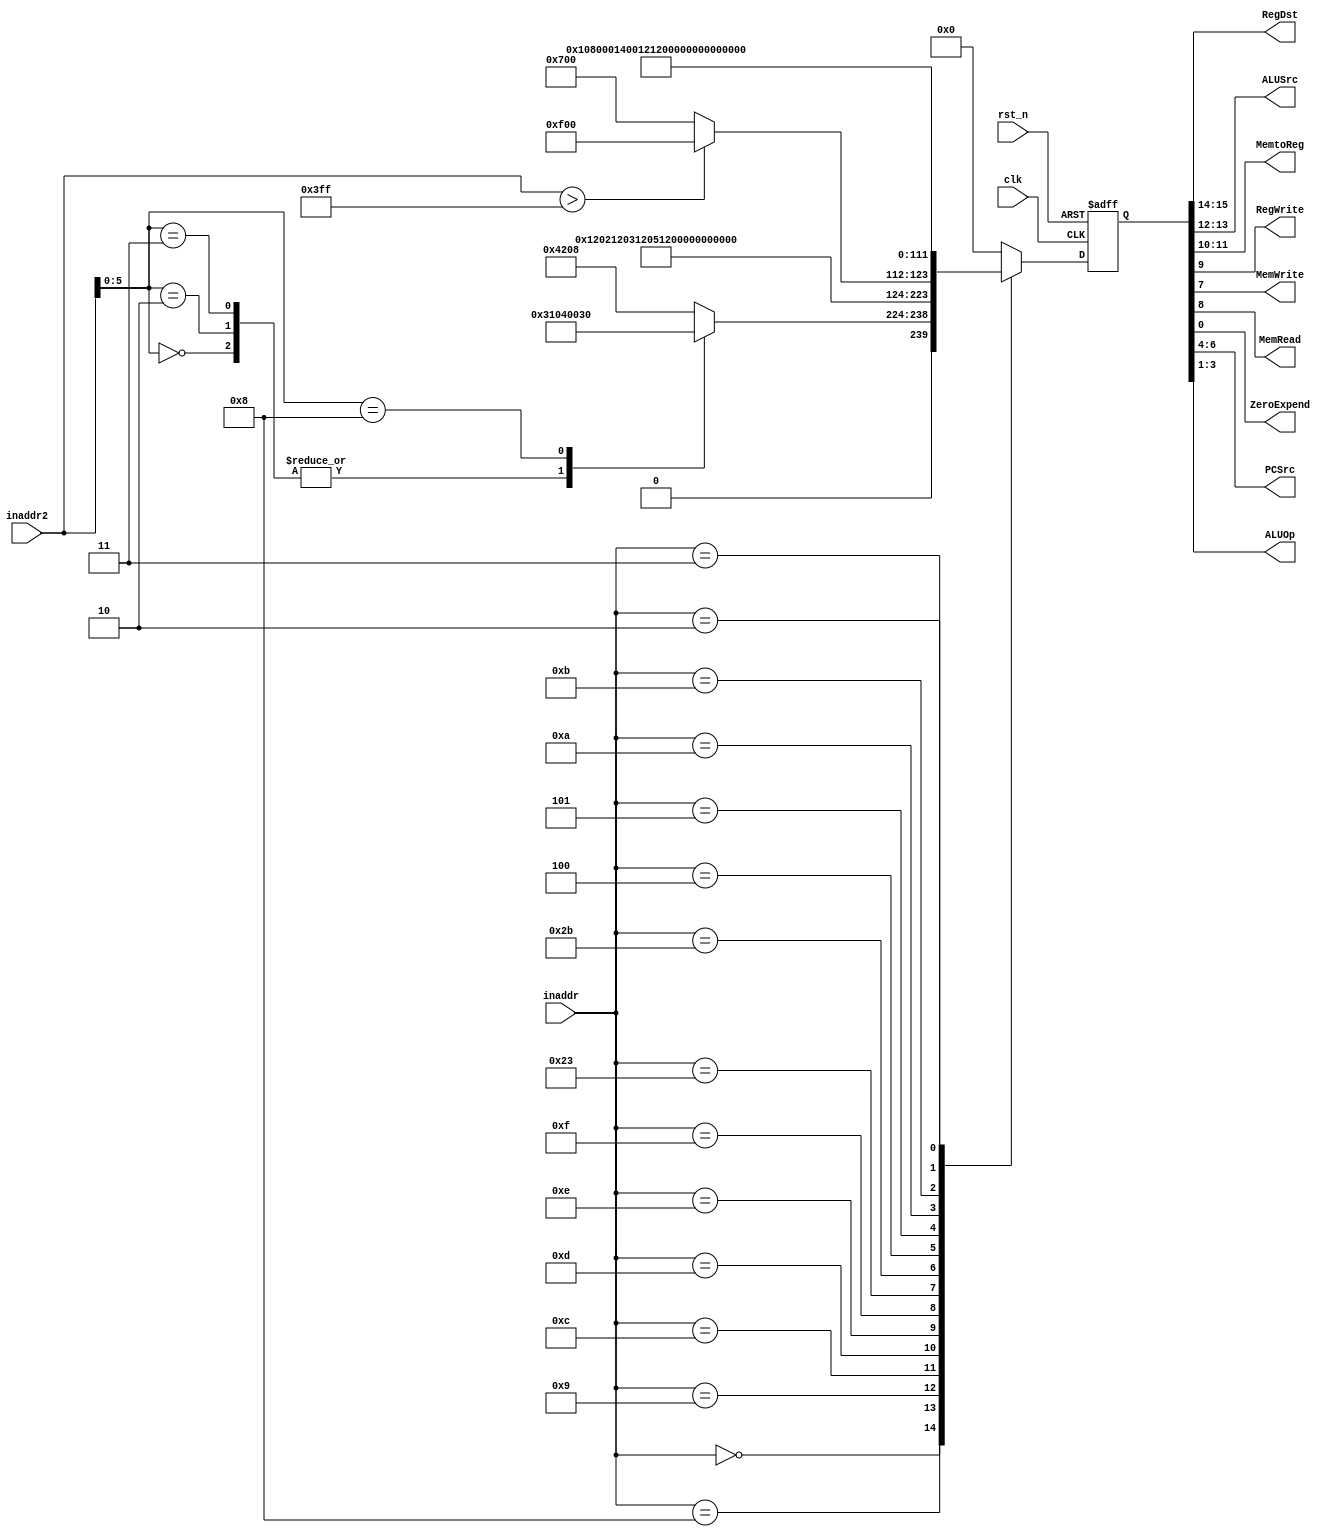

/*

*/

module Control(

    input                 clk, rst_n,
    input    [5:0]        inaddr,
    input    [15:0]       inaddr2,
    output   [1:0]        RegDst, ALUSrc, MemtoReg,
    output                RegWrite, MemWrite, MemRead, ZeroExpend,
    output   [2:0]        PCSrc, ALUOp

);
                 
reg          [15:0]       outd;

always @(posedge clk or negedge rst_n)
begin
    if(!rst_n)
      outd = 16'b0000000000000000;
    else begin
        case (inaddr)
            6'b000000 : begin
                case (inaddr2[5:0])
                    6'b000000: outd = 16'b0110001000001000;
                    6'b000010: outd = 16'b0110001000001000;
                    6'b000011: outd = 16'b0110001000001000;
                    6'b001000: outd = 16'b0000000000110000;
                    default:   outd = 16'b0100001000001000;
                endcase
            end
            6'b001000 : outd = 16'b0001001000000010;
            6'b001001 : outd = 16'b0001001000000011;
            6'b001100 : outd = 16'b0001001000000101;
            6'b001101 : outd = 16'b0001001000000111;
            6'b001110 : outd = 16'b0001001000001111;
            6'b001111 : outd = 16'b0001001000001100;
            6'b100011 : begin
                if(inaddr2>1023) outd = 16'b0001111100000000;
                else outd = 16'b0001011100000000;
            end
            6'b101011 : outd = 16'b0001000010000000;
            6'b000100 : outd = 16'b0000000000010100;
            6'b000101 : outd = 16'b0000000000010010;
            6'b001010 : outd = 16'b0001001000001010;
            6'b001011 : outd = 16'b0001001000001011;
            6'b000010 : outd = 16'b0000000001010000;
            6'b000011 : outd = 16'b1000101001011110;
            default   : outd = 16'b0000000000000000;
        endcase
    end
end

assign RegDst[1]  = outd[15],   RegDst[0]  = outd[14],
       ALUSrc[1]  = outd[13],   ALUSrc[0]  = outd[12],
       MemtoReg[1]= outd[11],   MemtoReg[0]= outd[10],
       RegWrite   = outd[9],
       MemRead    = outd[8],
       MemWrite   = outd[7],
       PCSrc[2]   = outd[6],    PCSrc[1]    = outd[5],      PCSrc[0] = outd[4],
       ALUOp[2]   = outd[3],    ALUOp[1]    = outd[2],      ALUOp[0] = outd[1],
       ZeroExpend = outd[0];

endmodule